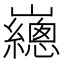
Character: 𡾳